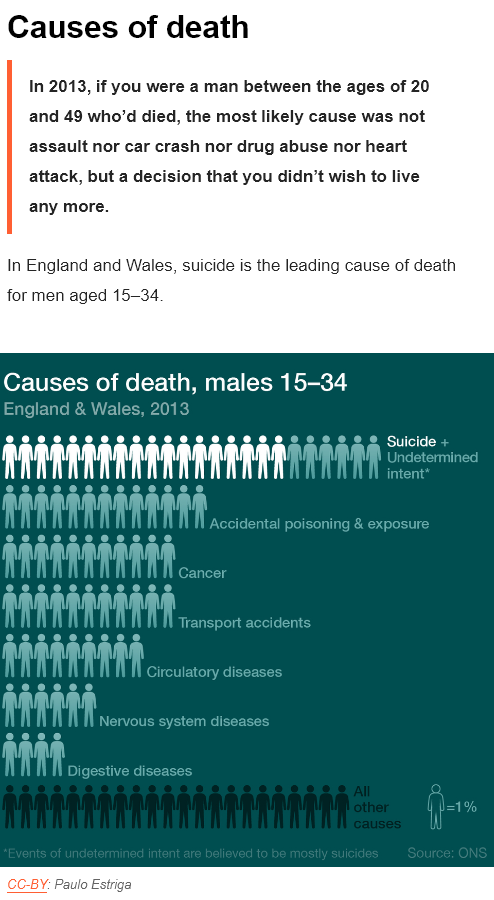
Causes    of    death
     In 2013, if you were a  man  between the   ages of  20
     and 49  who'd  died, the most likely  cause  was  not
     assault nor car  crash  nor drug  abuse nor heart
     attack, but a decision that  you didn’t wish to  live
     any more.
  In England and  Wales, suicide is the leading cause of death
  for men aged  15-34
  CC-BY: Paulo Estriga
  Causes   of    death,    males    15-34
  England  & Wales,  2013
     cso  ag
     cul
     ona
     Accidental poisoning & exposure
     eres
     Transport accidents
     Circulatory diseases
     Nervous system diseases
     Digestive diseases
     All
     Source: ONS “Events of undetermined intent are believed to be mostly suicides
     a